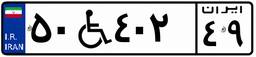
۵۰W۴۰۲۴۹